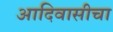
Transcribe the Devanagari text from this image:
आदिवासीचा